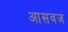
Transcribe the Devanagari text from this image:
आसवज